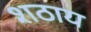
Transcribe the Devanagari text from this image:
शठाय